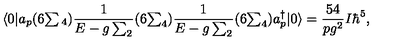
\langle 0 | a _ { p } ( 6 { \textstyle \sum { } _ { 4 } } ) { \frac { 1 } { E - g \sum _ { 2 } } } ( 6 { \textstyle \sum _ { 4 } } ) { \frac { 1 } { E - g \sum _ { 2 } } } ( 6 { \textstyle \sum _ { 4 } } ) a _ { p } ^ { \dagger } | 0 \rangle = { \frac { 5 4 } { p g ^ { 2 } } } I \hbar ^ { 5 } ,